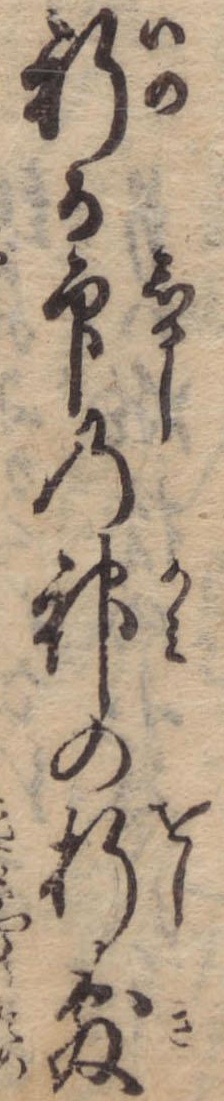
祈る印の神の折敷